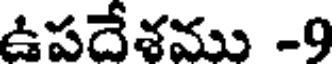
ఉపదేశము -9